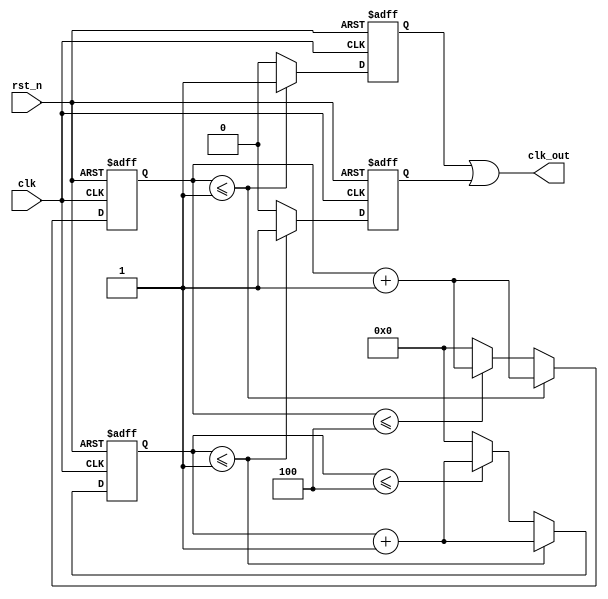
module		frequency_divider(
	input				clk,
	input				rst_n,
	output				clk_out
);

	parameter	N=	6;
	reg					clk_out1;
	reg		[9:0]		cnt1;
	
always	@(posedge	clk	or	negedge	rst_n)
	begin
		if(!rst_n)
			begin
				cnt1		<=	10'd0;
				clk_out1	<=	1'd0;
			end
		else
			begin
				if(N==2)
					clk_out1		<=		~clk_out1;
				else
					if(cnt1	<=	((N-1'd1)/2)- 1'd1)
						begin
							cnt1		<=	cnt1	+1'd1;
							clk_out1	<=	1'd1;
						end
					else
						if(cnt1	<=	(N-2'd2))
							begin
								cnt1		<=	cnt1	+1'd1;
								clk_out1	<=	1'd0;
							end
						else
							begin
								cnt1		<=	10'd0;
								clk_out1	<=	1'd0;
							end
			end
	end

	
	reg				clk_out2;
	reg		[9:0]	cnt2;
always	@(negedge	clk	or	negedge	rst_n)
	begin
		if(!rst_n)
			begin
				cnt2		<=	10'd0;
				clk_out2	<=	1'd0;
			end
		else
			begin
				if(N==2)
					clk_out2		<=		~clk_out2;
				else
					if(cnt2	<=	((N-1'd1)/2)- 1'd1)
						begin
							cnt2		<=	cnt2	+1'd1;
							clk_out2	<=	1'd1;
						end
					else
						if(cnt2	<=	(N-2'd2))
							begin
								cnt2		<=	cnt2	+1'd1;
								clk_out2	<=	1'd0;
							end
						else
							begin
								cnt2		<=	10'd0;
								clk_out2	<=	1'd0;
							end
			end
	end	

assign	clk_out	=	clk_out1	|	clk_out2;	

endmodule